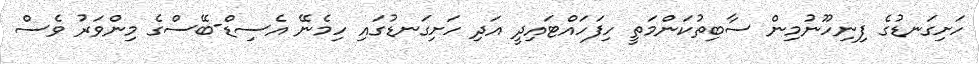
ހަށިގަނޑުގެ ފިނިހޫނުމިން ސާބިތުކަންމަތީ ހިފަހައްޓައިދީ އަދި ހަށިގަނޑުގައި ހިމެނޭ އެސިޑް-ބޭސްގެ މިންވަރު ވެސް